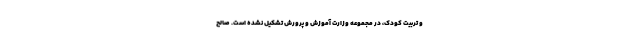
و تربیت کودک، در مجموعه وزارت آموزش و پرورش تشکیل نشده است. صالح